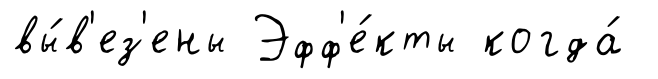
вы́в'ез'ены Эфф'е́кты когда́